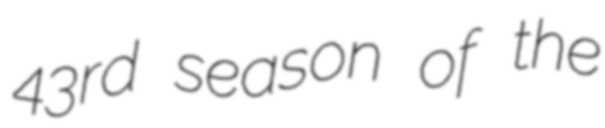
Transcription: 43rd season of the